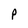
Character: f